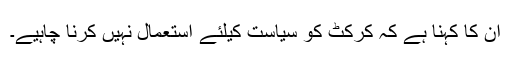
ان کا کہنا ہے کہ کرکٹ کو سیاست کیلئے استعمال نہیں کرنا چاہیے۔